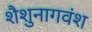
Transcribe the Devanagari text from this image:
शैशुनागवंश